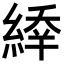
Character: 𦂜